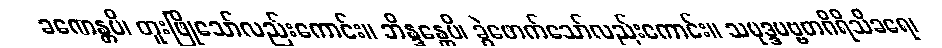
ခဏေန္တပိ၊ တူးဖြိုသော်လည်းကောင်း။ ဘိန္ဒန္တေပိ၊ ခွဲဖောက်သော်လည်းကောင်း။ သမုဒ္ဒပဗ္ဗတဂိရိသိခရေ၊